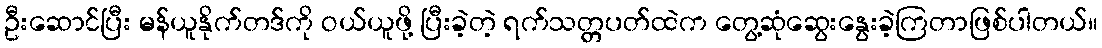
ဦးဆောင်ပြီး မန်ယူနိုက်တဒ်ကို ဝယ်ယူဖို့ ပြီးခဲ့တဲ့ ရက်သတ္တပတ်ထဲက တွေ့ဆုံဆွေးနွေးခဲ့ကြတာဖြစ်ပါတယ်။